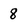
Character: 8